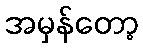
အမှန်တော့